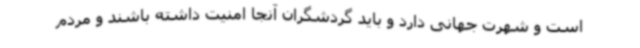
است و شهرت جهانی دارد و باید گردشگران آنجا امنیت داشته باشند و مردم